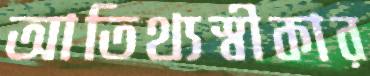
আতিথ্যস্বীকার